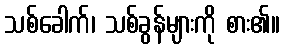
သစ်ခေါက်၊ သစ်ခွန်များကို စား၏။